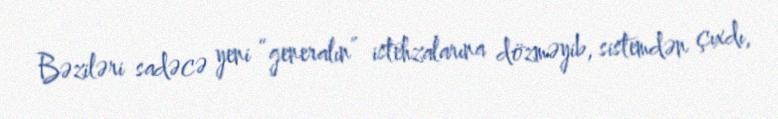
Bəziləri sadəcə yeni “generalın” istehzalarına dözməyib, sistemdən çıxdı,